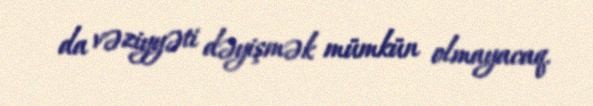
da vəziyyəti dəyişmək mümkün olmayacaq.